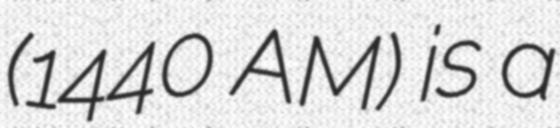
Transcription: (1440 AM) is a